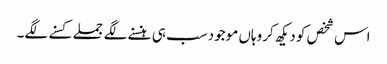
اس شخص کو دیکھ کر وہاں موجود سب ہی ہنسنے لگے جملے کسنے لگے۔